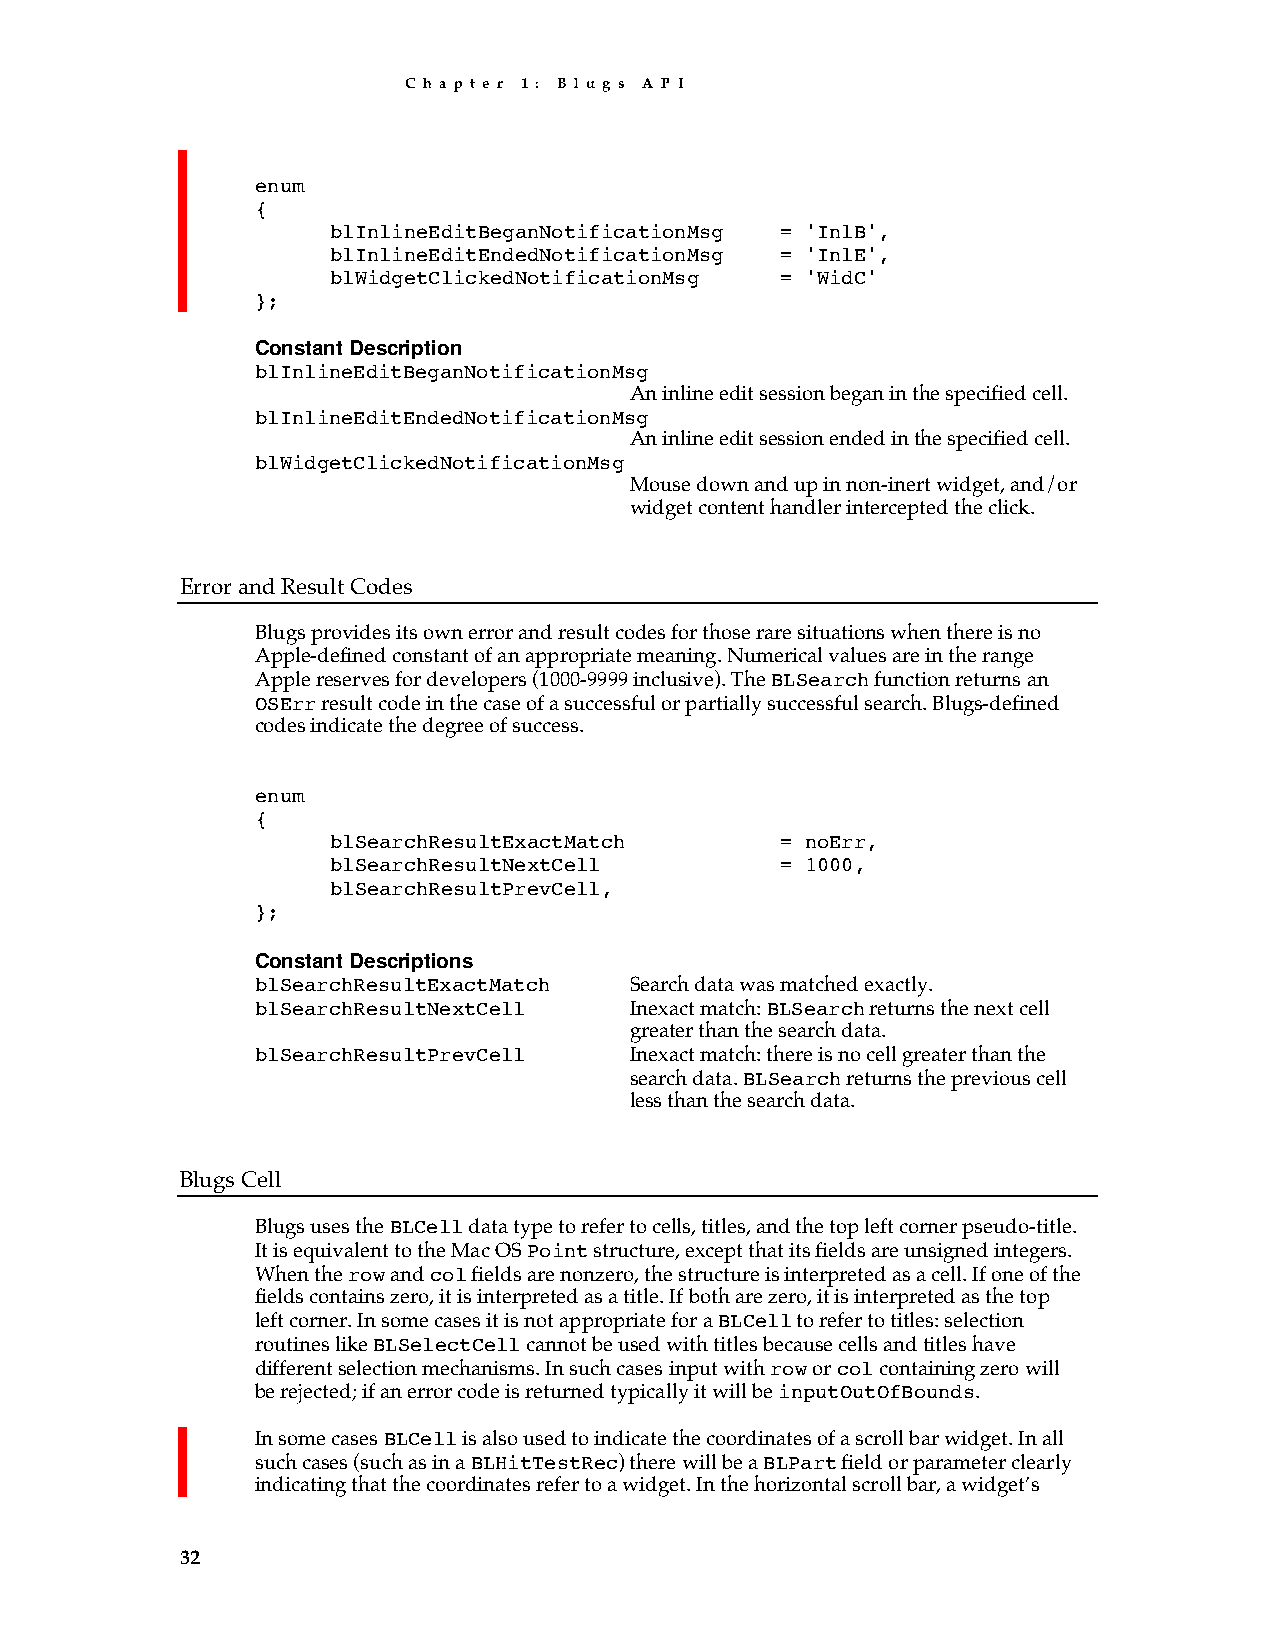
C h a p t e r 1 : B l u g s A P I
 enum
 {
 blInlineEditBeganNotificationMsg = 'InlB',
 blInlineEditEndedNotificationMsg = 'InlE',
 blWidgetClickedNotificationMsg = 'WidC'
 };
 Constant Description
 blInlineEditBeganNotificationMsg
 An inline edit session began in the specified cell.
 blInlineEditEndedNotificationMsg
 An inline edit session ended in the specified cell.
 blWidgetClickedNotificationMsg
 Mouse down and up in non-inert widget, and/or
 widget content handler intercepted the click.
 Error and Result Codes
 Blugs provides its own error and result codes for those rare situations when there is no
 Apple-defined constant of an appropriate meaning. Numerical values are in the range
 Apple reserves for developers (1000-9999 inclusive). The BLSearch function returns an
 OSErr result code in the case of a successful or partially successful search. Blugs-defined
 codes indicate the degree of success.
 enum
 {
 blSearchResultExactMatch      = noErr,
 blSearchResultNextCell        = 1000,
 blSearchResultPrevCell,
 };
 Constant Descriptions
 blSearchResultExactMatch Search data was matched exactly.
 blSearchResultNextCell   Inexact match: BLSearch returns the next cell
 greater than the search data.
 blSearchResultPrevCell   Inexact match: there is no cell greater than the
 search data. BLSearch returns the previous cell
 less than the search data.
 Blugs Cell
 Blugs uses the BLCell data type to refer to cells, titles, and the top left corner pseudo-title.
 It is equivalent to the Mac OS Point structure, except that its fields are unsigned integers.
 When the row and col fields are nonzero, the structure is interpreted as a cell. If one of the
 fields contains zero, it is interpreted as a title. If both are zero, it is interpreted as the top
 left corner. In some cases it is not appropriate for a BLCell to refer to titles: selection
 routines like BLSelectCell cannot be used with titles because cells and titles have
 different selection mechanisms. In such cases input with row or col containing zero will
 be rejected; if an error code is returned typically it will be inputOutOfBounds.
 In some cases BLCell is also used to indicate the coordinates of a scroll bar widget. In all
 such cases (such as in a BLHitTestRec) there will be a BLPart field or parameter clearly
 indicating that the coordinates refer to a widget. In the horizontal scroll bar, a widget’s
 32